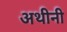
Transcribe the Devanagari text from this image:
अथीनी